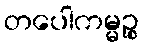
တပေါကမ္မဉ္စ